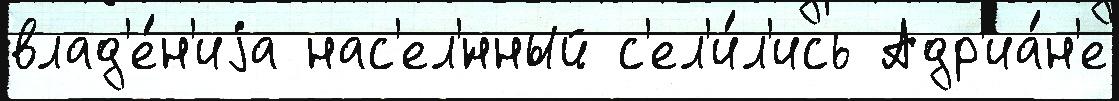
влад'е́н'иjа нас'ел'́нный с'ел'и́л'ись Адр'иа́н'е